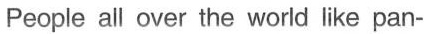
People all over the world like pan-